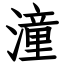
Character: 潼